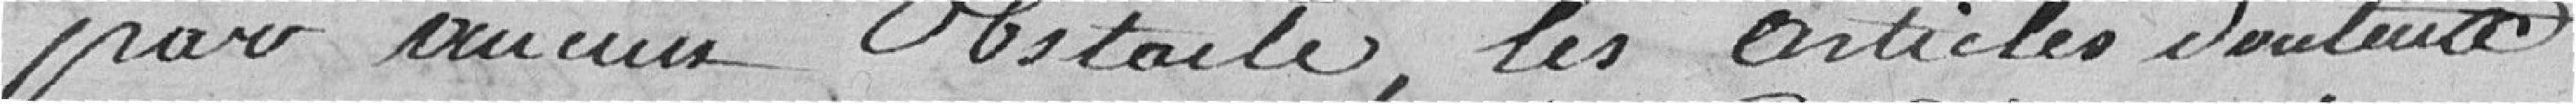
par aucun obstacle, les articles douteux